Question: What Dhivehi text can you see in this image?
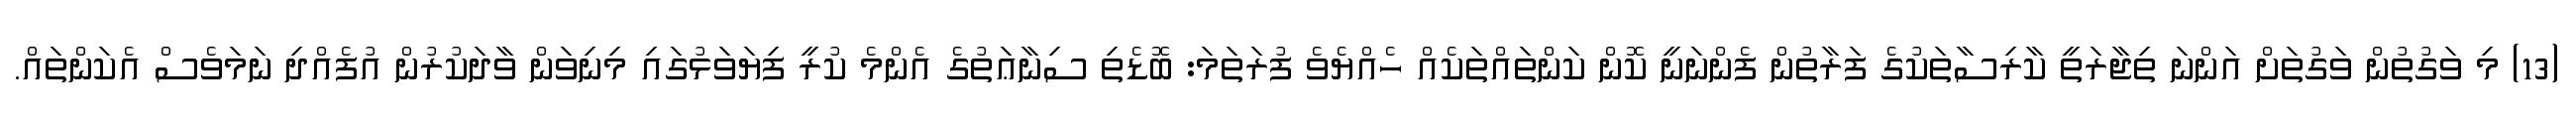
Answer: (13) މި ވަގުތުން ވަގުތަށް އަންނަ ތިޖާރަތީ ކާރިސާތަކުގެ ފަރާތުން ފެންނަނީ ކޮން ކަންތައްތަކެއް ހެއްޔެވެ ފުރަތަމަ: ބޮޑެތި ސިނާޢަތުގެ އެންމެ ކުރީ ފިޔަވަޅުގައި މިނިވަން ވާދަކުރުން އުފެއްދި ނަމަވެސް އެކަންތައް.